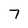
Character: 7